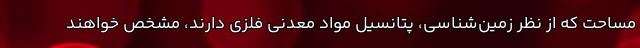
مساحت که از نظر زمین‌شناسی، پتانسیل مواد معدنی فلزی دارند، مشخص خواهند